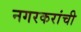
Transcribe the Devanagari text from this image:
नगरकरांची